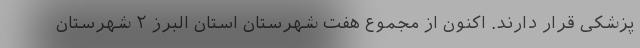
پزشکی قرار دارند. اکنون از مجموع هفت شهرستان استان البرز ۲ شهرستان